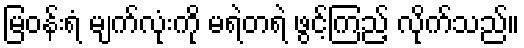
မြဝန်းရံ မျက်လုံးကို မရဲတရဲ ဖွင့်ကြည့် လိုက်သည်။